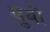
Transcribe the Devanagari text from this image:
पुयी